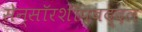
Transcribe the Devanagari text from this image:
सेन्सॉरशीपबद्दल